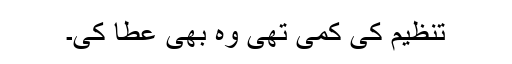
تنظیم کی کمی تھی وہ بھی عطا کی۔